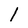
Character: 1